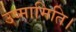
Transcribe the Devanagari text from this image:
उष्मामिति।